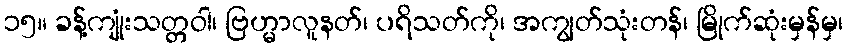
၁၅။ ခန့်ကျုံးသတ္တဝါ၊ ဗြဟ္မာလူနတ်၊ ပရိသတ်ကို၊ အကျွတ်သုံးတန်၊ မြိုက်ဆုံးမှန်မှ၊